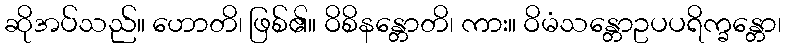
ဆိုအပ်သည်။ ဟောတိ၊ ဖြစ်၏။ ဝိစိနန္တောတိ၊ ကား။ ဝိမံသန္တောဥပပရိက္ခန္တော၊